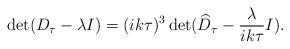
LaTeX: \begin{align*}\det(D_{\tau} - \lambda I) = (ik\tau)^{3}\det(\widehat{D}_{\tau} - \frac{\lambda}{ik\tau}I). \end{align*}